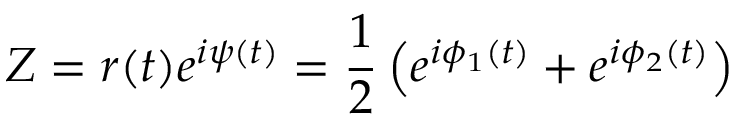
Z = r ( t ) e ^ { i \psi ( t ) } = \frac { 1 } { 2 } \left( e ^ { i \phi _ { 1 } ( t ) } + e ^ { i \phi _ { 2 } ( t ) } \right)